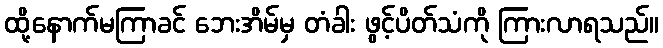
ထို့နောက်မကြာခင် ဘေးအိမ်မှ တံခါး ဖွင့်ပိတ်သံကို ကြားလာရသည်။